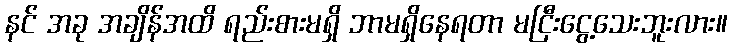
နင် အခု အချိန်အထိ ရည်းစားမရှိ ဘာမရှိနေရတာ မငြီးငွေ့သေးဘူးလား။